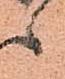
之